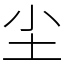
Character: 尘